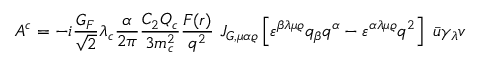
{ \cal A } ^ { c } = - i \frac { G _ { F } } { \sqrt { 2 } } \lambda _ { c } \frac { \alpha } { 2 \pi } \frac { C _ { 2 } Q _ { c } } { 3 m _ { c } ^ { 2 } } \frac { F ( r ) } { q ^ { 2 } } \ J _ { G , \mu \alpha \varrho } \left[ \varepsilon ^ { \beta \lambda \mu \varrho } q _ { \beta } q ^ { \alpha } - \varepsilon ^ { \alpha \lambda \mu \varrho } q ^ { 2 } \right] \ \bar { u } \gamma _ { \lambda } v